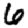
Digit: 6